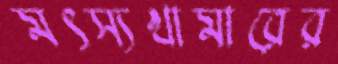
মৎস্যখামারের